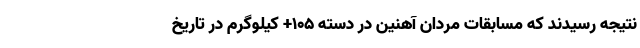
نتیجه رسیدند که مسابقات مردان آهنین در دسته ۱۰۵+ کیلوگرم در تاریخ